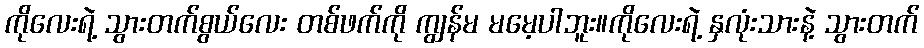
ကိုလေးရဲ့ သွားတက်စွယ်လေး တစ်ဖက်ကို ကျွန်မ မမေ့ပါဘူး။ကိုလေးရဲ့ နှလုံးသားနဲ့ သွားတက်